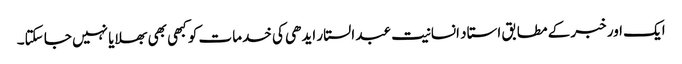
ایک اور خبر کے مطابق استاد انسانیت عبد الستار ایدھی کی خدمات کو کبھی بھی بھلایا نہیں جا سکتا۔